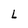
Character: L